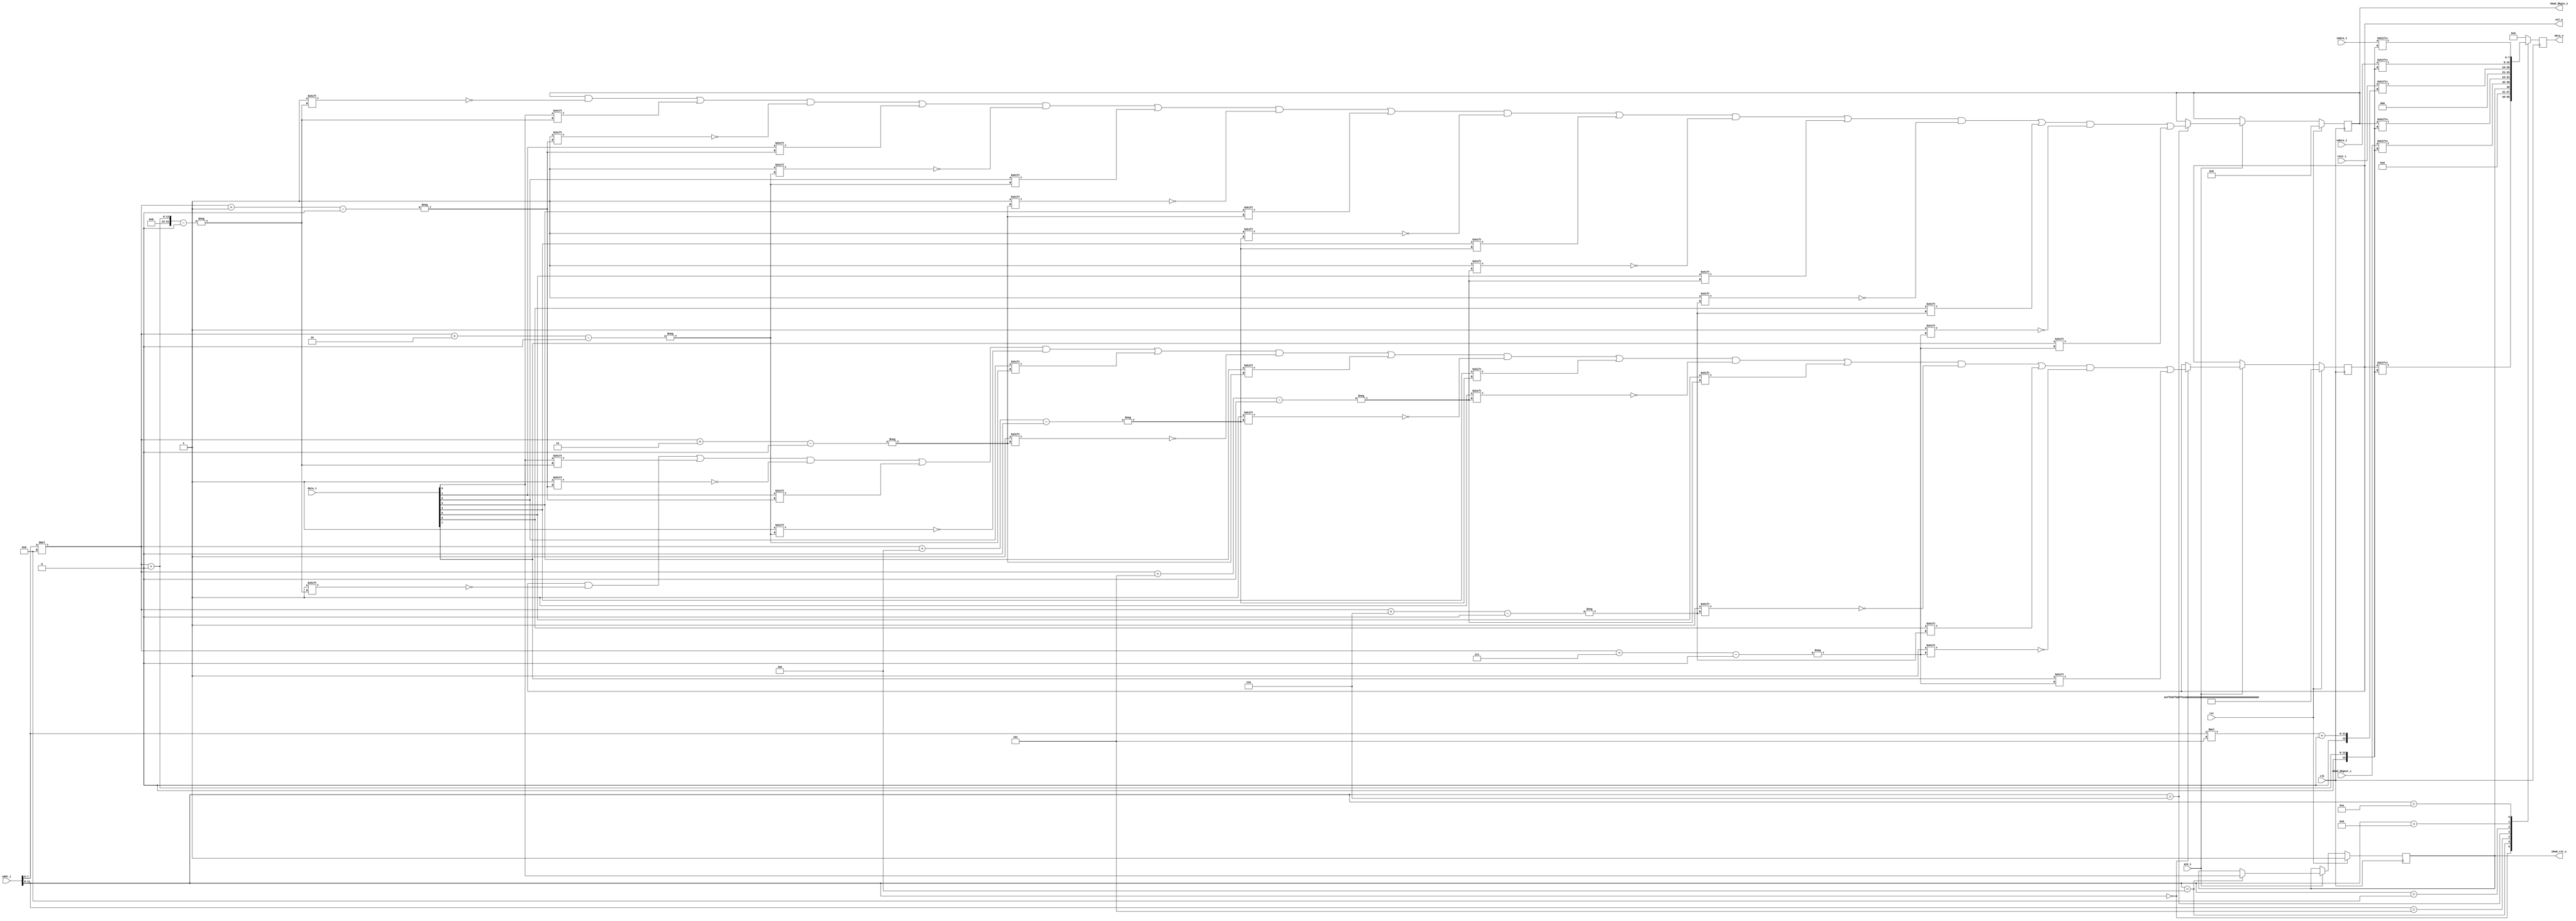
module csr#(
    parameter NUM_CH = 8,
    parameter NUM_SPDIF_IN = 3,
    parameter NUM_RATE = 5,
    parameter VOL_WIDTH = NUM_CH*32,
    parameter NKMDDBG_WIDTH = 16*8,
    parameter RATE_WIDTH = NUM_SPDIF_IN*NUM_RATE,
    parameter UDATA_WIDTH = NUM_SPDIF_IN*192,
    parameter CDATA_WIDTH = UDATA_WIDTH
)(
    input wire clk,
    input wire rst,
    input wire [11:0] addr_i,
    input wire ack_i,
    input wire [7:0] data_i,
    output wire [7:0] data_o,
    output wire [(VOL_WIDTH-1):0] vol_o, 
    output wire nkmd_rst_o, 
    input wire [(NKMDDBG_WIDTH-1):0] nkmd_dbgout_i, 
    output wire [(NKMDDBG_WIDTH-1):0] nkmd_dbgin_o, 
    input wire [(RATE_WIDTH-1):0] rate_i,  
    input wire [(UDATA_WIDTH-1):0] udata_i,  
    input wire [(CDATA_WIDTH-1):0] cdata_i  
    );
reg [7:0] data_o_ff;
reg ack_o_ff;
wire [3:0] addr_tag = addr_i[11:8];
wire [7:0] addr_offset = addr_i[7:0];
reg [(VOL_WIDTH-1):0] vol_ff;
assign vol_o = vol_ff;
reg nkmd_rst_ff;
assign nkmd_rst_o = nkmd_rst_ff;
reg [(NKMDDBG_WIDTH-1):0] nkmd_dbgin_ff;
assign nkmd_dbgin_o = nkmd_dbgin_ff;
integer i;
always @(posedge clk) begin
    if(rst) begin
        vol_ff <= {(NUM_CH*2){16'h00ff}};
        nkmd_rst_ff <= 1'b1;
        nkmd_dbgin_ff <= {(NKMDDBG_WIDTH){1'b0}};
    end else if(ack_i) begin
        case(addr_tag)
            4'h0: begin
                for(i = 0; i < 8; i = i + 1)
                    vol_ff[(addr_offset*8 + i)] <= data_i[i];
            end
            4'h4: begin
                nkmd_rst_ff <= data_i[0];
            end
            4'h6: begin
                for(i = 0; i < 8; i = i + 1)
                    nkmd_dbgin_ff[(addr_offset*8 + i)] <= data_i[i];
            end
        endcase
    end
end
always @(posedge clk) begin
    case(addr_tag)
        4'h0:
            data_o_ff <= vol_ff[(addr_offset*8) +: 8];
        4'h4:
            data_o_ff <= {7'b0000_000, nkmd_rst_ff};
        4'h5:
            data_o_ff <= nkmd_dbgout_i[(addr_offset*8) +: 8];
        4'h6:
            data_o_ff <= nkmd_dbgin_ff[(addr_offset*8) +: 8];
        4'h8:
            data_o_ff <= rate_i[(addr_offset*NUM_RATE) +: NUM_RATE];
        4'h9:
            data_o_ff <= udata_i[(addr_offset*8) +: 8];
        4'ha:
            data_o_ff <= cdata_i[(addr_offset*8) +: 8];
        default:
            data_o_ff <= 0;
    endcase
end
assign data_o = data_o_ff;
endmodule